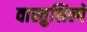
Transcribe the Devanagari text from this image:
वास्तुशिल्पे